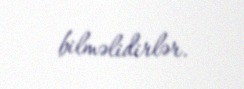
bilməlidirlər.